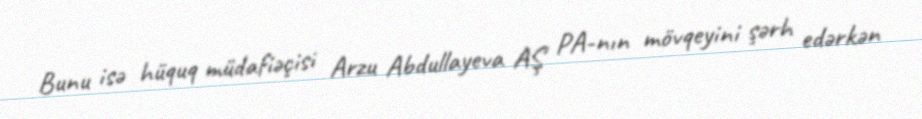
Bunu isə hüquq müdafiəçisi Arzu Abdullayeva AŞ PA-nın mövqeyini şərh edərkən